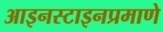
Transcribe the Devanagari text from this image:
आइनस्टाइनप्रमाणे